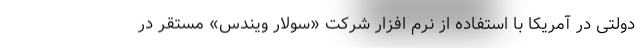
دولتی در آمریکا با استفاده از نرم افزار شرکت «سولار ویندس» مستقر در